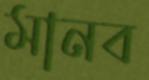
মানব